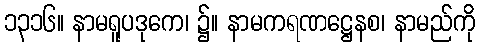
၁၃၁၆။ နာမရူပဒုကေ၊ ၌။ နာမကရဏဋ္ဌေနစ၊ နာမည်ကို